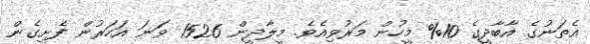
އެތަނުގެ އާބާދީގެ 10% މީހުން މަރުވިއެވެ. މީލާދީން 1526 ވަނަ އަހަރުން ފެށިގެން